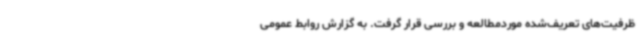
ظرفیت‌های تعریف‌شده موردمطالعه و بررسی قرار گرفت. به گزارش روابط عمومی